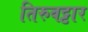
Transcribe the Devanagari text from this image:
तिरुवट्टार